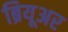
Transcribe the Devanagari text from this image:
ब्रियूअर